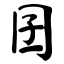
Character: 囝